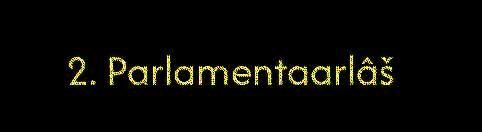
2. Parlamentaarlâš